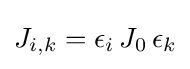
J_{i,k}=\epsilon _{i}\,J_{0}\,\epsilon _{k}